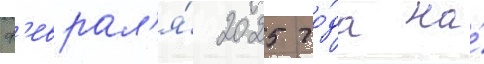
ф'еврал'я́ 2025 го́да на́